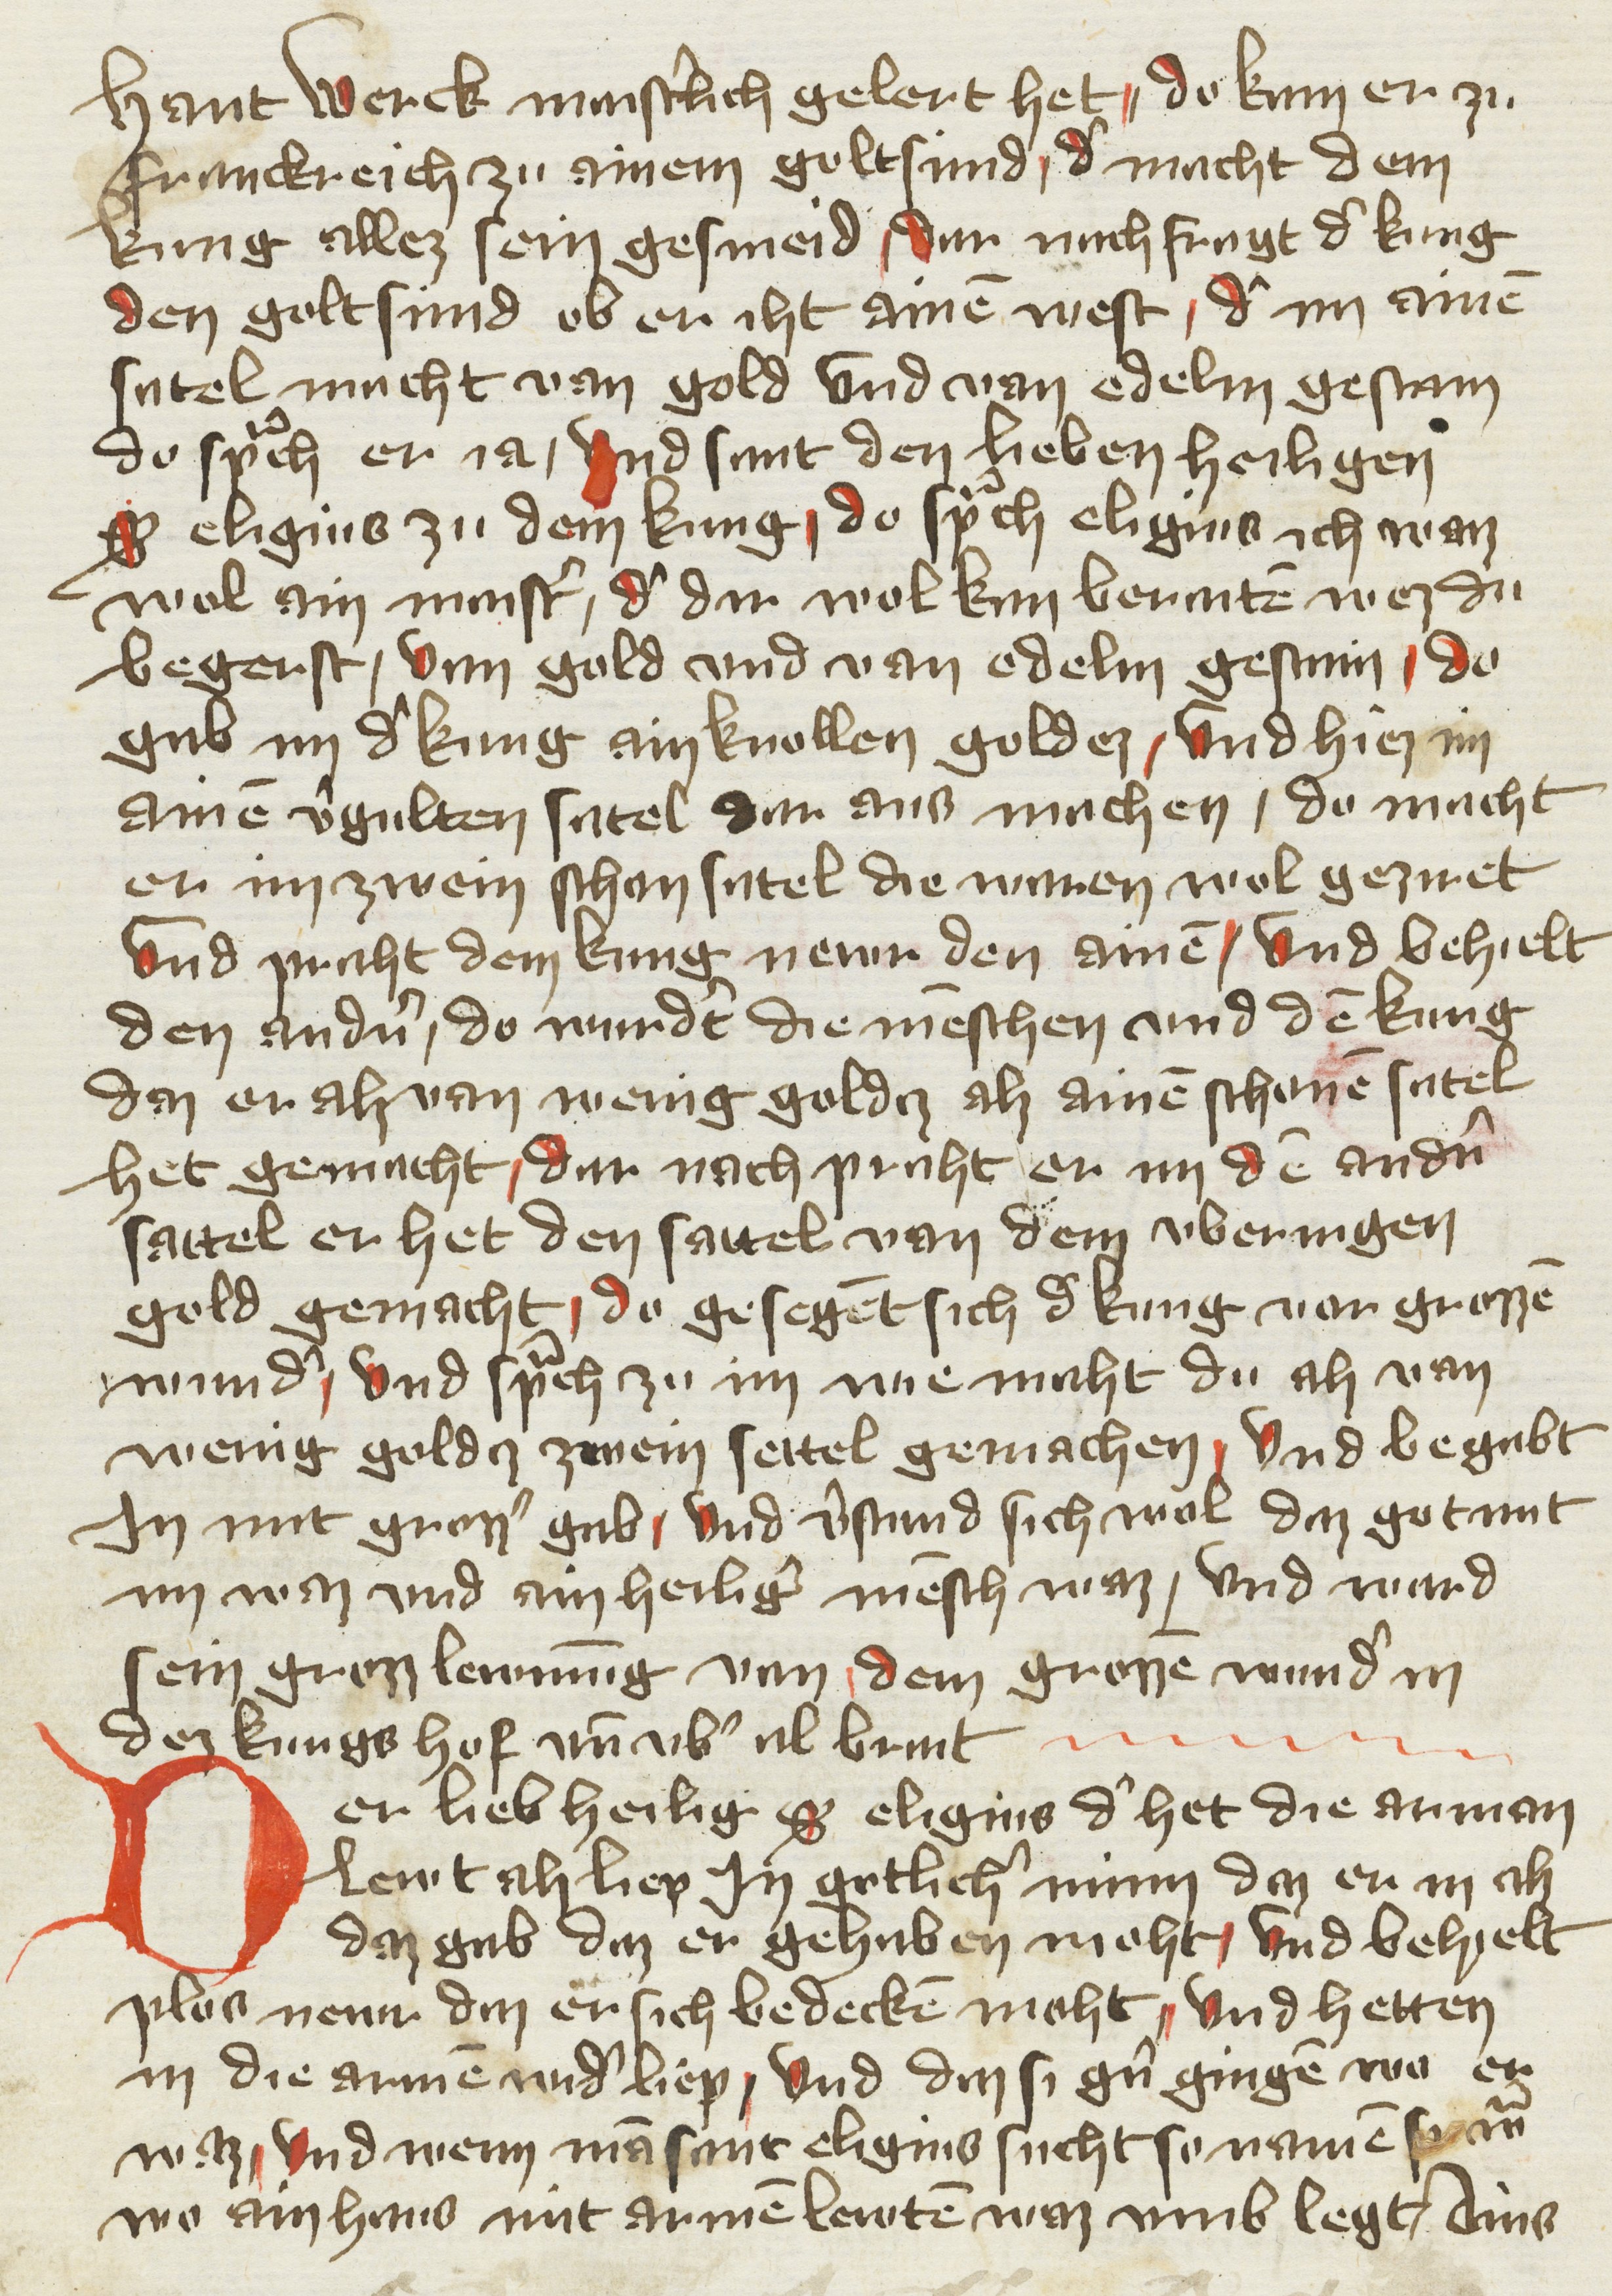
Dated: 1400–1499